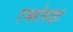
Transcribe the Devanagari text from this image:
एम्ब्र्योफाइट